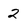
Character: 2